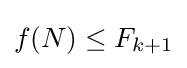
f(N)\leq F_{k+1}